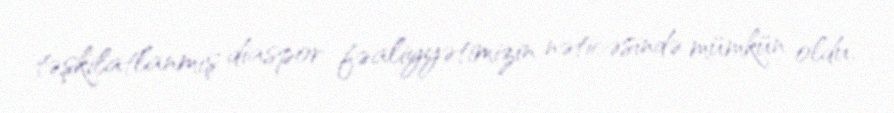
təşkilatlanmış diaspor fəaliyyətimizin nəticəsində mümkün oldu.